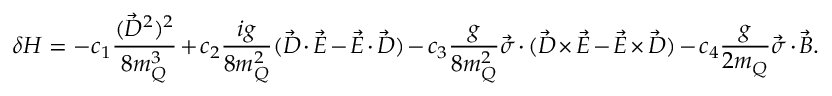
\delta H = - c _ { 1 } \frac { ( \vec { D } ^ { 2 } ) ^ { 2 } } { 8 m _ { Q } ^ { 3 } } + c _ { 2 } \frac { i g } { 8 m _ { Q } ^ { 2 } } ( \vec { D } \cdot \vec { E } - \vec { E } \cdot \vec { D } ) - c _ { 3 } \frac { g } { 8 m _ { Q } ^ { 2 } } \vec { \sigma } \cdot ( \vec { D } \times \vec { E } - \vec { E } \times \vec { D } ) - c _ { 4 } \frac { g } { 2 m _ { Q } } \vec { \sigma } \cdot \vec { B } .